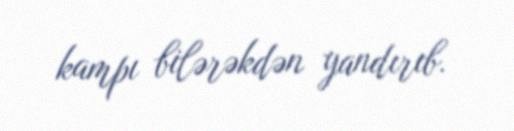
kampı bilərəkdən yandırıb.